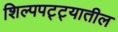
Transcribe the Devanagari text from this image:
शिल्पपट्ट्यातील